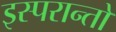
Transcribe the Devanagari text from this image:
इस्परान्तो